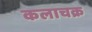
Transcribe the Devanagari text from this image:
कलाचक्र